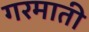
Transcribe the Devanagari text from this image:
गरमाती